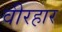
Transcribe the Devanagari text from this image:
वीरहार